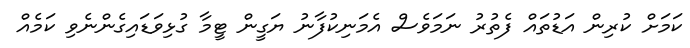
ކަމަށް ކުރިން އަޑުތައް ފެތުރު ނަމަވެސް އެމަނިކުފާނު ޔަގީން ޓީމާ ގުޅިވަޑައިގެންނެވި ކަމެއް